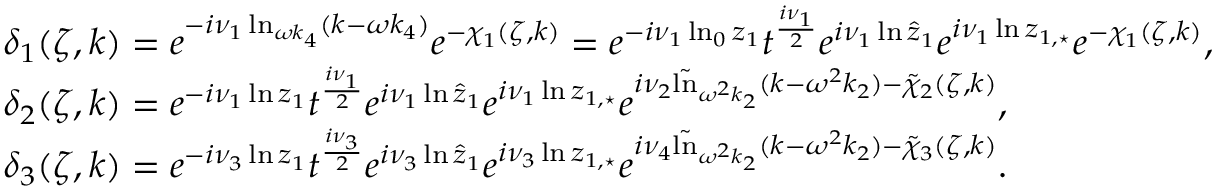
\begin{array} { r l } & { \delta _ { 1 } ( \zeta , k ) = e ^ { - i \nu _ { 1 } \ln _ { \omega k _ { 4 } } ( k - \omega k _ { 4 } ) } e ^ { - \chi _ { 1 } ( \zeta , k ) } = e ^ { - i \nu _ { 1 } \ln _ { 0 } z _ { 1 } } t ^ { \frac { i \nu _ { 1 } } { 2 } } e ^ { i \nu _ { 1 } \ln \hat { z } _ { 1 } } e ^ { i \nu _ { 1 } \ln z _ { 1 , \star } } e ^ { - \chi _ { 1 } ( \zeta , k ) } , } \\ & { \delta _ { 2 } ( \zeta , k ) = e ^ { - i \nu _ { 1 } \ln z _ { 1 } } t ^ { \frac { i \nu _ { 1 } } { 2 } } e ^ { i \nu _ { 1 } \ln \hat { z } _ { 1 } } e ^ { i \nu _ { 1 } \ln z _ { 1 , \star } } e ^ { i \nu _ { 2 } \tilde { \ln } _ { \omega ^ { 2 } k _ { 2 } } ( k - \omega ^ { 2 } k _ { 2 } ) - \tilde { \chi } _ { 2 } ( \zeta , k ) } , } \\ & { \delta _ { 3 } ( \zeta , k ) = e ^ { - i \nu _ { 3 } \ln z _ { 1 } } t ^ { \frac { i \nu _ { 3 } } { 2 } } e ^ { i \nu _ { 3 } \ln \hat { z } _ { 1 } } e ^ { i \nu _ { 3 } \ln z _ { 1 , \star } } e ^ { i \nu _ { 4 } \tilde { \ln } _ { \omega ^ { 2 } k _ { 2 } } ( k - \omega ^ { 2 } k _ { 2 } ) - \tilde { \chi } _ { 3 } ( \zeta , k ) } . } \end{array}